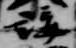
講